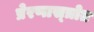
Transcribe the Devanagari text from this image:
प्रेरणास्‍त्रोत